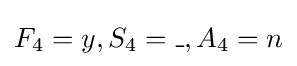
F_{4}=y,S_{4}=\_,A_{4}=n